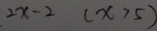
2 x - 2 ( x > 5 )